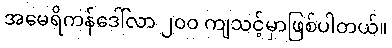
အမေရိကန်ဒေါ်လာ ၂၀၀ ကျသင့်မှာဖြစ်ပါတယ်။